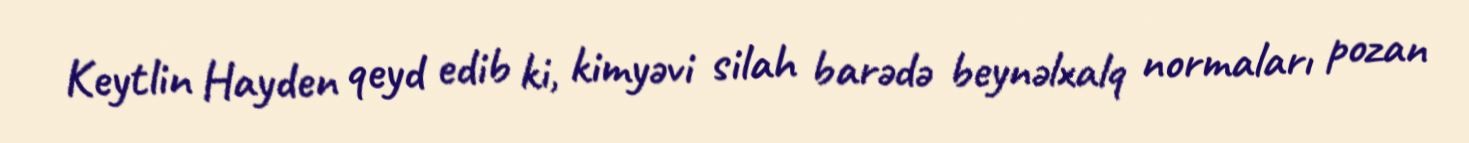
Keytlin Hayden qeyd edib ki, kimyəvi silah barədə beynəlxalq normaları pozan